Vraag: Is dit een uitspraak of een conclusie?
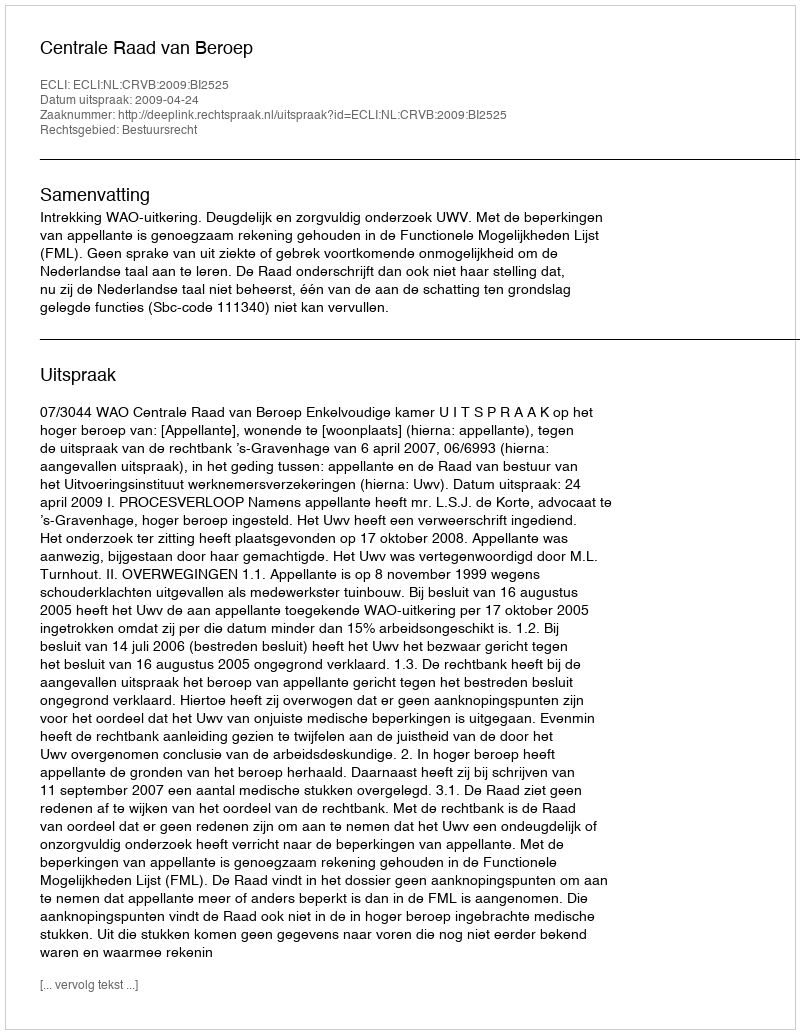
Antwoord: Uitspraak